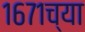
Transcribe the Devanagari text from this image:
१६७१च्या